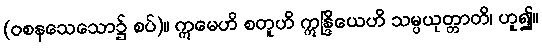
(ဝစနသေသော၌ စပ်)။ ဣမေဟိ စတူဟိ ဣန္ဒြိယေဟိ သမ္ပယုတ္တာတိ၊ ဟူ၍။